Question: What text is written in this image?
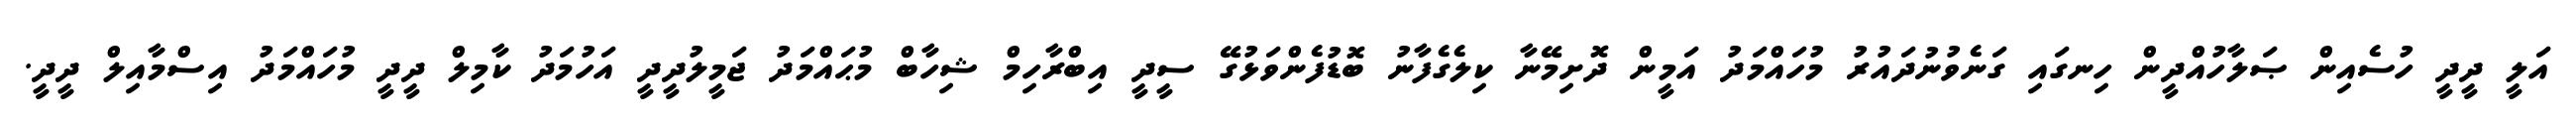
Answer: އަލީ ދީދީ ހުސެއިން ޞަލާހުއްދީން ހިނގައި ގަނެވުނުދައުރު މުހައްމަދު އަމީން ދޮށިމޭނާ ކިލެގެފާނު ބޮޑުފެންވަޅުގޭ ސީދީ އިބްރާހިމް ޝިހާބް މުޙައްމަދު ޖަމީލުދީދީ އަހުމަދު ކާމިލް ދީދީ މުހައްމަދު އިސްމާއިލް ދީދީ.